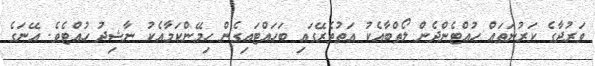
ވަރުދާގެ ކަރުނަތައް ހުއްޓެންދެން ލޯތްބާއެކު އަތުތެރޭގައި ބަހައްޓައިގެން ހިމޭންކަމާއެކު ނާޝިދު ހުއްޓެވެ. އޭނަގެ